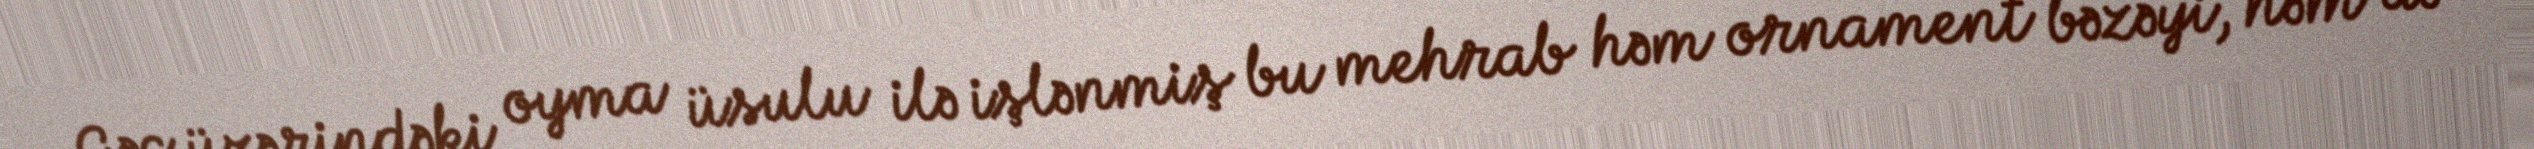
Gəc üzərindəki oyma üsulu ilə işlənmiş bu mehrab həm ornament bəzəyi, həm də